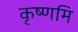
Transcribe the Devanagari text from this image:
कृष्णमि